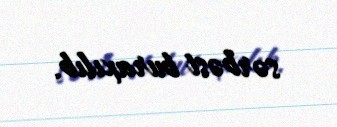
sərbəst buraxılıb.